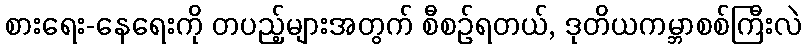
စားရေး-နေရေးကို တပည့်များအတွက် စီစဉ်ရတယ်, ဒုတိယကမ္ဘာစစ်ကြီးလဲ